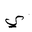
Letter: _ya